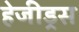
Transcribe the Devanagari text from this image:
हेजीड्रस